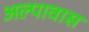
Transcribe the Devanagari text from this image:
अल्पावास